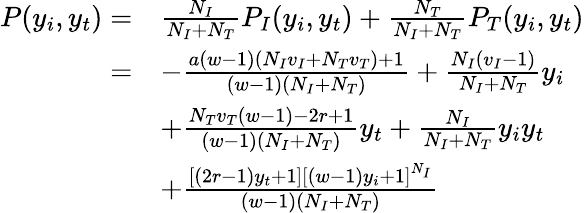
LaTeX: \begin{array}{rl}{P(y_{i},y_{t})=}&{\frac{N_{I}}{N_{I}+N_{T}}P_{I}(y_{i},y_{t})+\frac{N_{T}}{N_{I}+N_{T}}P_{T}(y_{i},y_{t})}\\ {=}&{-\frac{a(w-1)(N_{I}v_{I}+N_{T}v_{T})+1}{(w-1)(N_{I}+N_{T})}+\frac{N_{I}(v_{I}-1)}{N_{I}+N_{T}}y_{i}}\\ &{+\frac{N_{T}v_{T}(w-1)-2r+1}{(w-1)(N_{I}+N_{T})}y_{t}+\frac{N_{I}}{N_{I}+N_{T}}y_{i}y_{t}}\\ &{+\frac{\left[(2r-1)y_{t}+1\right]\left[(w-1)y_{i}+1\right]^{N_{I}}}{(w-1)(N_{I}+N_{T})}}\end{array}